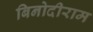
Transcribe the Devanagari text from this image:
बिनोदीराम